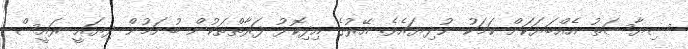
ސިޔާސަތު އެއްބަޔަކަށް ކަމަކު ނުދިޔައެވެ. އޭރުގެ އިދިކޮޅު ފަރާތްތަކުން ބުނަމުން ދިޔައީ ރައީސް